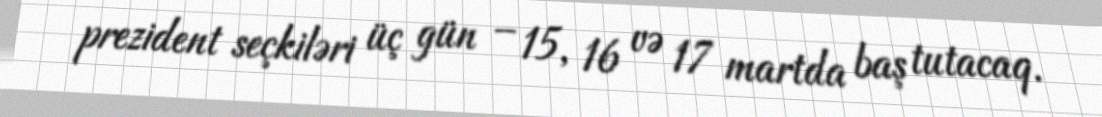
prezident seçkiləri üç gün – 15, 16 və 17 martda baş tutacaq.